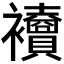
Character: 𧟎